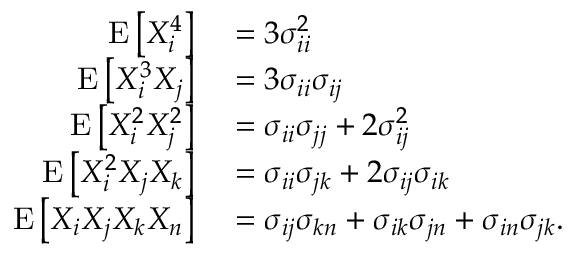
\begin{array} { r l } { \operatorname { E } \left[ X _ { i } ^ { 4 } \right] } & { { } = 3 \sigma _ { i i } ^ { 2 } } \\ { \operatorname { E } \left[ X _ { i } ^ { 3 } X _ { j } \right] } & { { } = 3 \sigma _ { i i } \sigma _ { i j } } \\ { \operatorname { E } \left[ X _ { i } ^ { 2 } X _ { j } ^ { 2 } \right] } & { { } = \sigma _ { i i } \sigma _ { j j } + 2 \sigma _ { i j } ^ { 2 } } \\ { \operatorname { E } \left[ X _ { i } ^ { 2 } X _ { j } X _ { k } \right] } & { { } = \sigma _ { i i } \sigma _ { j k } + 2 \sigma _ { i j } \sigma _ { i k } } \\ { \operatorname { E } \left[ X _ { i } X _ { j } X _ { k } X _ { n } \right] } & { { } = \sigma _ { i j } \sigma _ { k n } + \sigma _ { i k } \sigma _ { j n } + \sigma _ { i n } \sigma _ { j k } . } \end{array}